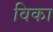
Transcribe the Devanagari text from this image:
विका